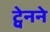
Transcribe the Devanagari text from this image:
ट्वेनने